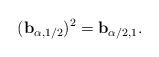
LaTeX: \begin{align*}(\mathbf{b}_{\alpha,1/2})^2=\mathbf{b}_{\alpha/2,1}. \end{align*}